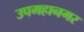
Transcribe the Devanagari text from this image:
उपमहानगर